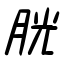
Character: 胱